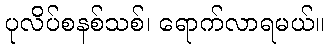
ပုလိပ်စနစ်သစ်၊ ရောက်လာရမယ်။